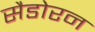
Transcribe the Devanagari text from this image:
सैडोरन